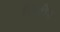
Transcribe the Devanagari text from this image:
घिरोर